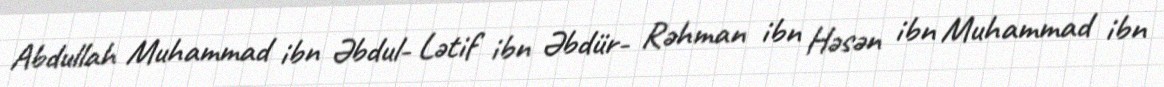
Abdullah Muhammad ibn Əbdul- Lətif ibn Əbdür- Rəhman ibn Həsən ibn Muhammad ibn